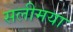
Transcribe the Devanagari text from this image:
सलीमया